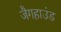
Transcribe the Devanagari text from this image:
जैगहाउंड